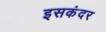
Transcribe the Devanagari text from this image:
इसकंदर